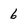
Character: 6